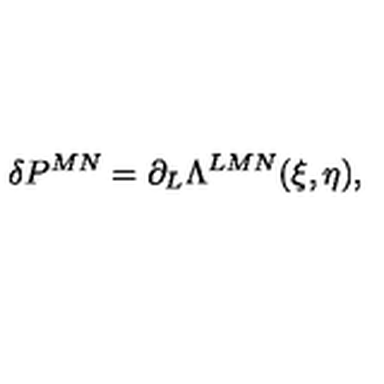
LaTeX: \delta P ^ { M N } = \partial _ { L } \Lambda ^ { L M N } ( \xi , \eta ) ,